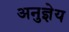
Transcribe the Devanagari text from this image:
अनुज्ञेय